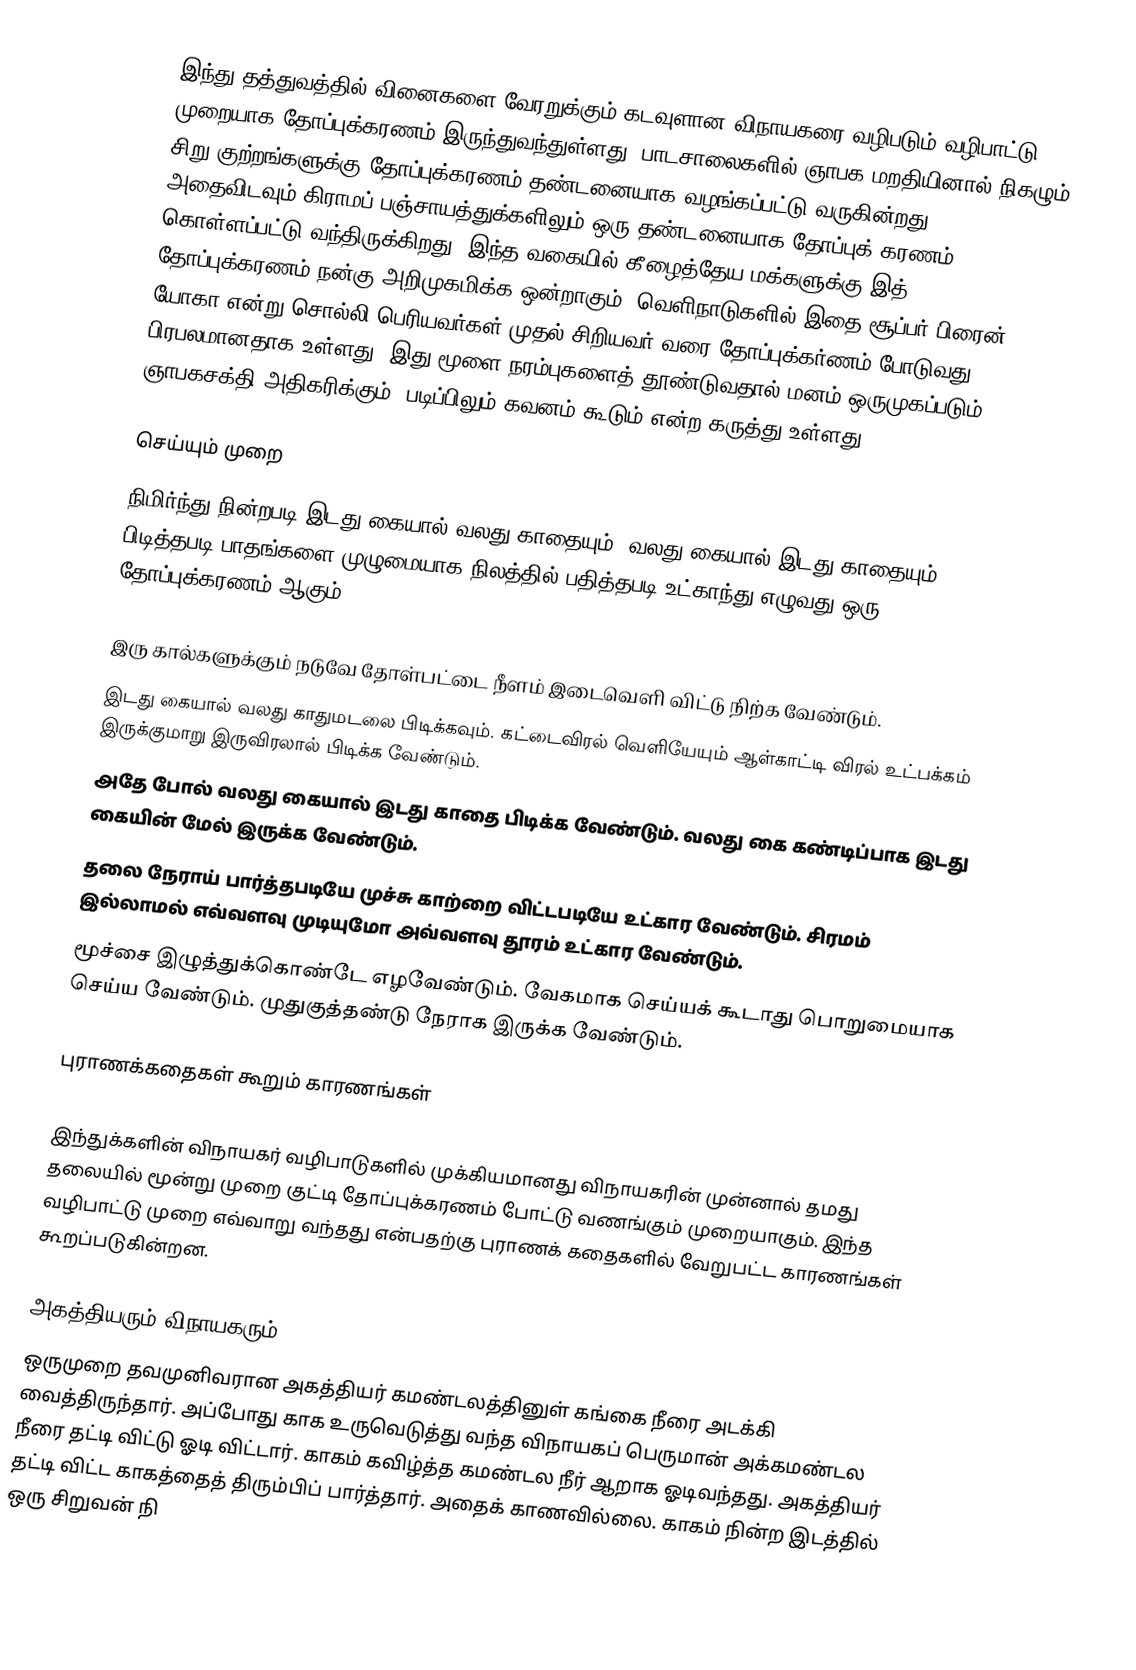
இந்து தத்துவத்தில் வினைகளை வேரறுக்கும் கடவுளான விநாயகரை வழிபடும் வழிபாட்டு முறையாக தோப்புக்கரணம் இருந்துவந்துள்ளது. பாடசாலைகளில் ஞாபக மறதியினால் நிகழும் சிறு குற்றங்களுக்கு தோப்புக்கரணம் தண்டனையாக வழங்கப்பட்டு வருகின்றது. அதைவிடவும் கிராமப் பஞ்சாயத்துக்களிலும் ஒரு தண்டனையாக தோப்புக் கரணம் கொள்ளப்பட்டு வந்திருக்கிறது. இந்த வகையில் கீழைத்தேய மக்களுக்கு இத் தோப்புக்கரணம் நன்கு அறிமுகமிக்க ஒன்றாகும். வெளிநாடுகளில் இதை சூப்பர் பிரைன் யோகா என்று சொல்லி பெரியவர்கள் முதல் சிறியவர் வரை தோப்புக்கர்ணம் போடுவது பிரபலமானதாக உள்ளது. இது மூளை நரம்புகளைத் தூண்டுவதால் மனம் ஒருமுகப்படும். ஞாபகசக்தி அதிகரிக்கும். படிப்பிலும் கவனம் கூடும் என்ற கருத்து உள்ளது.

செய்யும் முறை
நிமிர்ந்து நின்றபடி இடது கையால் வலது காதையும், வலது கையால் இடது காதையும் பிடித்தபடி பாதங்களை முழுமையாக நிலத்தில் பதித்தபடி உட்காந்து எழுவது ஒரு தோப்புக்கரணம் ஆகும்.

இரு கால்களுக்கும் நடுவே தோள்பட்டை நீளம் இடைவெளி விட்டு நிற்க வேண்டும்.
இடது கையால் வலது காதுமடலை பிடிக்கவும். கட்டைவிரல் வெளியேயும் ஆள்காட்டி விரல் உட்பக்கம் இருக்குமாறு இருவிரலால் பிடிக்க வேண்டும்.
அதே போல் வலது கையால் இடது காதை பிடிக்க வேண்டும். வலது கை கண்டிப்பாக இடது கையின் மேல் இருக்க வேண்டும்.
 தலை நேராய் பார்த்தபடியே முச்சு காற்றை விட்டபடியே உட்கார வேண்டும். சிரமம் இல்லாமல் எவ்வளவு முடியுமோ அவ்வளவு தூரம் உட்கார வேண்டும்.
 மூச்சை இழுத்துக்கொண்டே எழவேண்டும். வேகமாக செய்யக் கூடாது பொறுமையாக செய்ய வேண்டும். முதுகுத்தண்டு நேராக இருக்க வேண்டும்.

புராணக்கதைகள் கூறும் காரணங்கள்

இந்துக்களின் விநாயகர் வழிபாடுகளில் முக்கியமானது விநாயகரின் முன்னால் தமது தலையில் மூன்று முறை குட்டி தோப்புக்கரணம் போட்டு வணங்கும் முறையாகும். இந்த வழிபாட்டு முறை எவ்வாறு வந்தது என்பதற்கு புராணக் கதைகளில் வேறுபட்ட காரணங்கள் கூறப்படுகின்றன.

அகத்தியரும் விநாயகரும்
ஒருமுறை தவமுனிவரான அகத்தியர் கமண்டலத்தினுள் கங்கை நீரை அடக்கி வைத்திருந்தார். அப்போது காக உருவெடுத்து வந்த விநாயகப் பெருமான் அக்கமண்டல நீரை தட்டி விட்டு ஓடி விட்டார். காகம் கவிழ்த்த கமண்டல நீர் ஆறாக ஓடிவந்தது. அகத்தியர் தட்டி விட்ட காகத்தைத் திரும்பிப் பார்த்தார். அதைக் காணவில்லை. காகம் நின்ற இடத்தில் ஒரு சிறுவன் நி